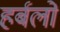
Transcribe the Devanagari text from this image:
हर्बलों